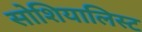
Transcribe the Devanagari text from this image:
सोशियालिस्ट